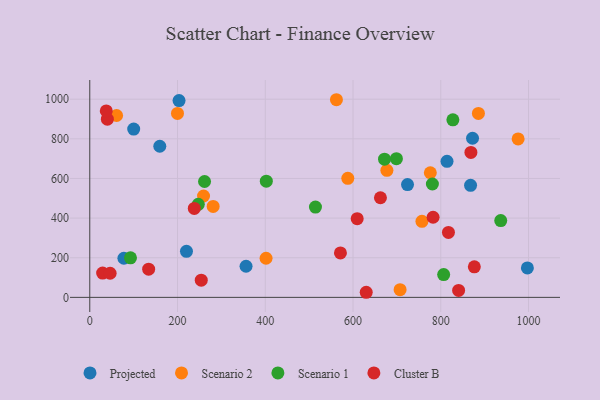
{"axis": {"x": "Experience", "y": "Profit"}, "legend": ["Cluster B", "Projected", "Scenario 1", "Scenario 2"], "data": [{"x": "724.2", "y": 569.4, "type": "Projected"}, {"x": "77.8", "y": 197.4, "type": "Projected"}, {"x": "356.2", "y": 157.0, "type": "Projected"}, {"x": "867.9", "y": 565.3, "type": "Projected"}, {"x": "203.5", "y": 993.3, "type": "Projected"}, {"x": "872.4", "y": 803.0, "type": "Projected"}, {"x": "220.4", "y": 232.5, "type": "Projected"}, {"x": "814.2", "y": 686.7, "type": "Projected"}, {"x": "159.6", "y": 762.6, "type": "Projected"}, {"x": "997.4", "y": 148.5, "type": "Projected"}, {"x": "100.1", "y": 849.1, "type": "Projected"}, {"x": "776.2", "y": 629.0, "type": "Scenario 2"}, {"x": "885.8", "y": 928.4, "type": "Scenario 2"}, {"x": "588.1", "y": 600.5, "type": "Scenario 2"}, {"x": "976.3", "y": 799.4, "type": "Scenario 2"}, {"x": "677.2", "y": 641.1, "type": "Scenario 2"}, {"x": "199.9", "y": 928.1, "type": "Scenario 2"}, {"x": "259.3", "y": 511.6, "type": "Scenario 2"}, {"x": "757.1", "y": 384.0, "type": "Scenario 2"}, {"x": "562.2", "y": 997.4, "type": "Scenario 2"}, {"x": "61.1", "y": 917.9, "type": "Scenario 2"}, {"x": "401.8", "y": 197.5, "type": "Scenario 2"}, {"x": "707.3", "y": 39.0, "type": "Scenario 2"}, {"x": "281.2", "y": 458.9, "type": "Scenario 2"}, {"x": "402.4", "y": 586.6, "type": "Scenario 1"}, {"x": "806.6", "y": 114.9, "type": "Scenario 1"}, {"x": "698.9", "y": 700.0, "type": "Scenario 1"}, {"x": "671.8", "y": 697.5, "type": "Scenario 1"}, {"x": "92.8", "y": 199.4, "type": "Scenario 1"}, {"x": "261.6", "y": 584.7, "type": "Scenario 1"}, {"x": "780.9", "y": 572.0, "type": "Scenario 1"}, {"x": "514.4", "y": 455.6, "type": "Scenario 1"}, {"x": "936.7", "y": 387.5, "type": "Scenario 1"}, {"x": "827.6", "y": 896.1, "type": "Scenario 1"}, {"x": "247.3", "y": 469.4, "type": "Scenario 1"}, {"x": "40.1", "y": 899.1, "type": "Cluster B"}, {"x": "876.5", "y": 154.3, "type": "Cluster B"}, {"x": "840.7", "y": 34.9, "type": "Cluster B"}, {"x": "630.1", "y": 25.7, "type": "Cluster B"}, {"x": "868.7", "y": 731.3, "type": "Cluster B"}, {"x": "134.2", "y": 142.2, "type": "Cluster B"}, {"x": "609.5", "y": 397.2, "type": "Cluster B"}, {"x": "29.3", "y": 122.6, "type": "Cluster B"}, {"x": "37.6", "y": 941.1, "type": "Cluster B"}, {"x": "817.5", "y": 327.7, "type": "Cluster B"}, {"x": "254.1", "y": 86.9, "type": "Cluster B"}, {"x": "238.2", "y": 448.8, "type": "Cluster B"}, {"x": "782.5", "y": 404.2, "type": "Cluster B"}, {"x": "662.5", "y": 502.8, "type": "Cluster B"}, {"x": "571.3", "y": 224.3, "type": "Cluster B"}, {"x": "46.4", "y": 121.6, "type": "Cluster B"}]}